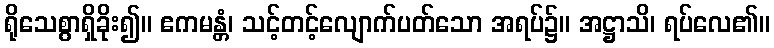
ရိုသေစွာရှိခိုး၍။ ဧကမန္တံ၊ သင့်တင့်လျောက်ပတ်သော အရပ်၌။ အဋ္ဌာသိ၊ ရပ်လေ၏။